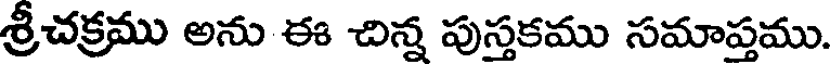
శ్రీచక్రము అను ఈ చిన్న పుస్తకము సమాప్తము.